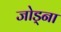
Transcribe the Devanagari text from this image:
जोड्ना